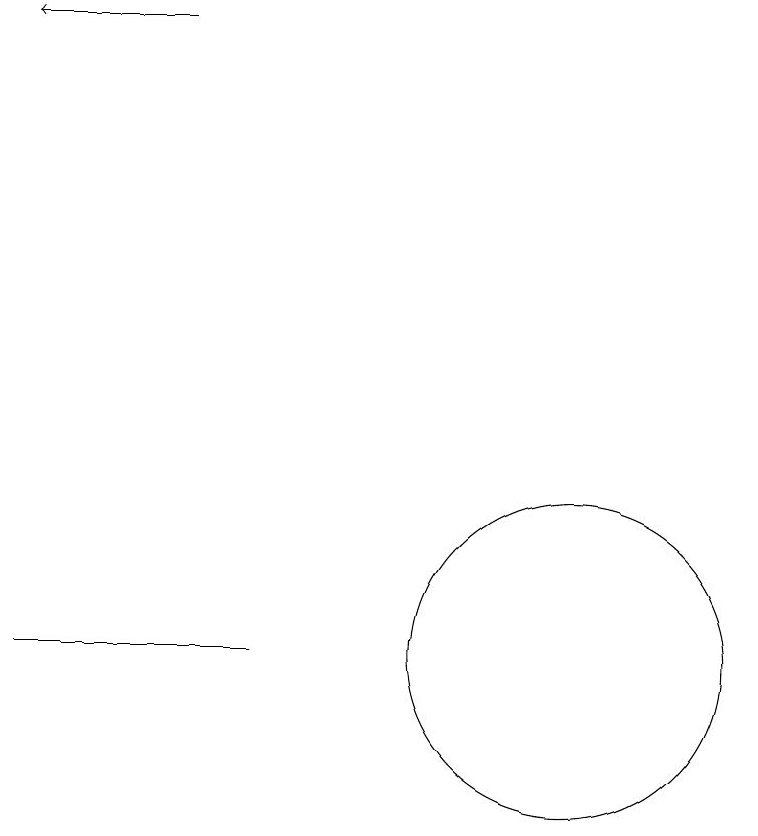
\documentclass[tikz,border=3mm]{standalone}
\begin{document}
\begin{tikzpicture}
\draw[->] (5,19) -- (3,19);
\draw (10,12) circle (0);
\draw (10,11) circle (2);
\draw (3,11) rectangle (6,11);
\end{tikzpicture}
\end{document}